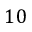
1 0